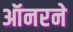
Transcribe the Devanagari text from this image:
ऑनरने